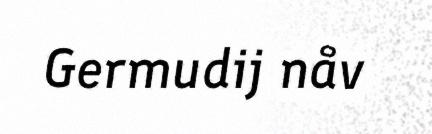
Germudij nåv